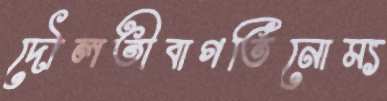
দৌলতীবাগতিনোম্য